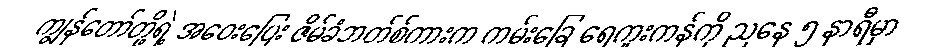
ကျွန်တော်တို့ရဲ့ အဝေးပြေး ဇိမ်ခံဘတ်စ်ကားက ကမ်းခြေ ရေကူးကန်ကို ညနေ ၅ နာရီမှာ